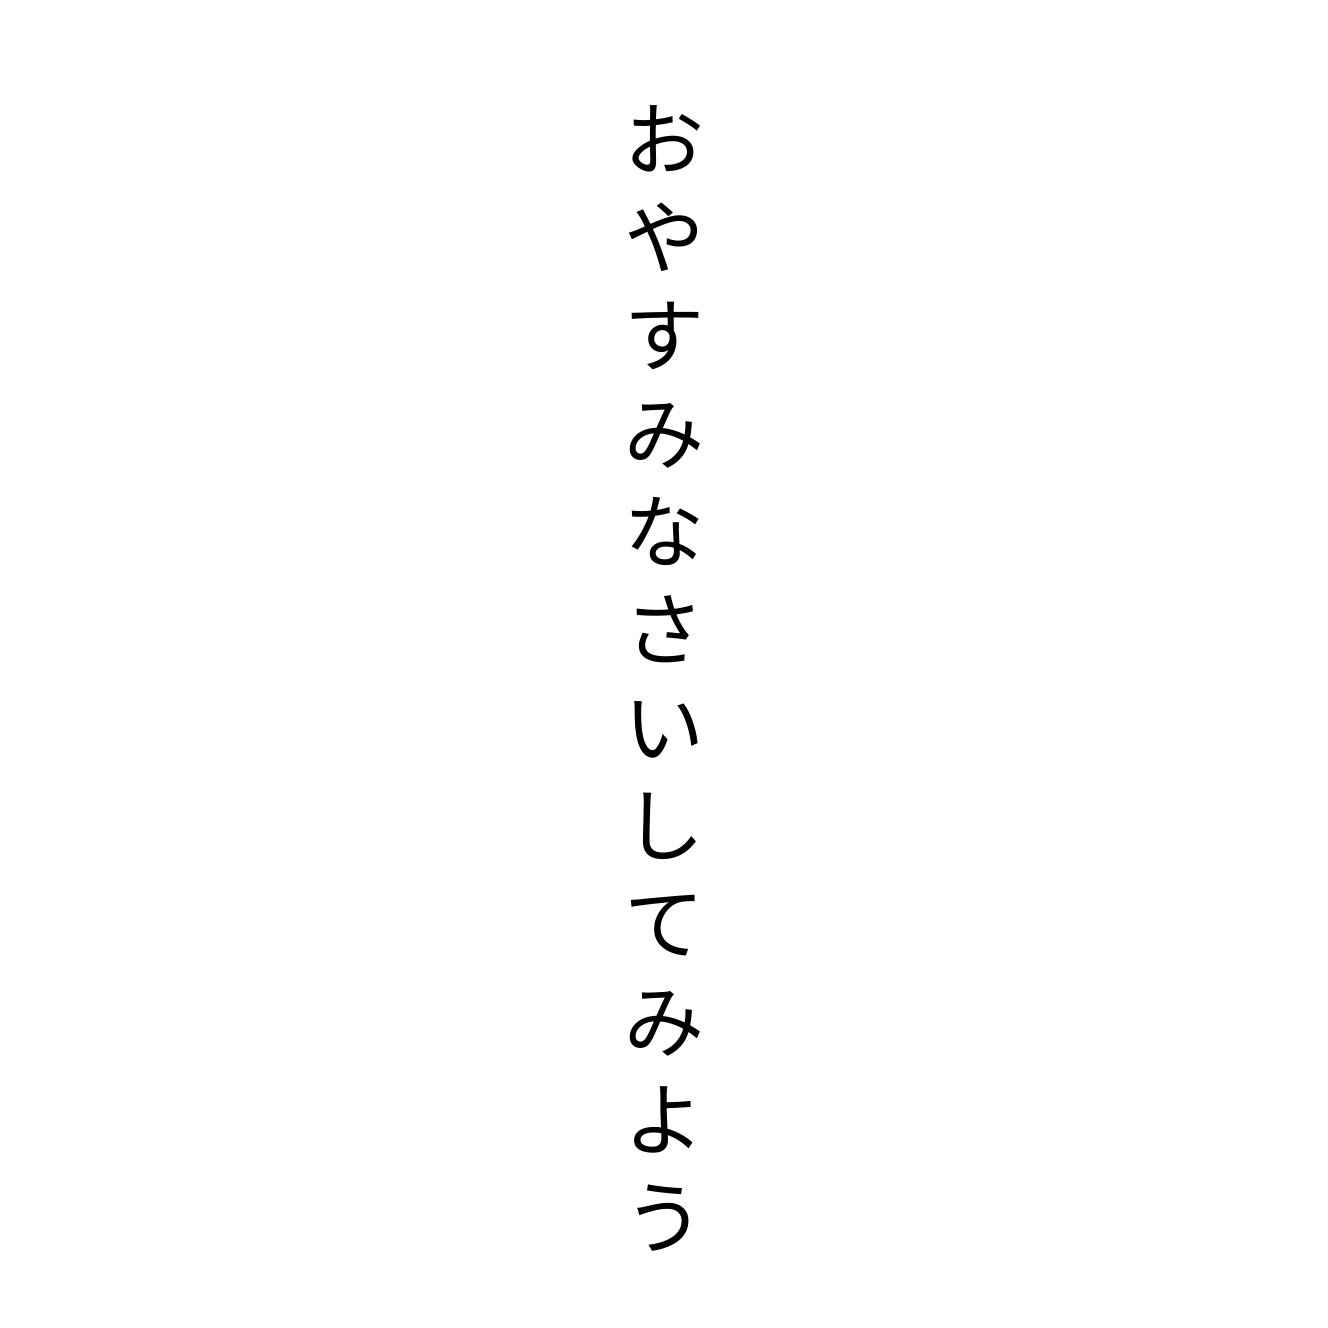
おやすみなさいしてみよう